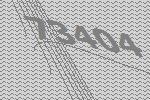
73404